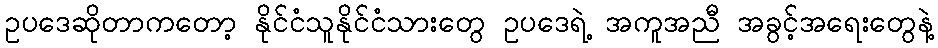
ဥပဒေဆိုတာကတော့ နိုင်ငံသူနိုင်ငံသားတွေ ဥပဒေရဲ့ အကူအညီ အခွင့်အရေးတွေနဲ့